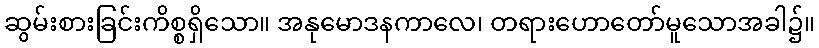
ဆွမ်းစားခြင်းကိစ္စရှိသော။ အနုမောဒနကာလေ၊ တရားဟောတော်မူသောအခါ၌။